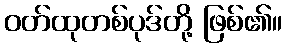
ဝတ်ထုတစ်ပုဒ်တို့ ဖြစ်၏။